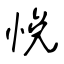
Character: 悦